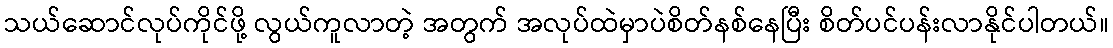
သယ်ဆောင်လုပ်ကိုင်ဖို့ လွယ်ကူလာတဲ့ အတွက် အလုပ်ထဲမှာပဲစိတ်နစ်နေပြီး စိတ်ပင်ပန်းလာနိုင်ပါတယ်။